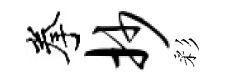
拳抄彩